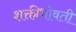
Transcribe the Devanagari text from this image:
शक्तीभोवती